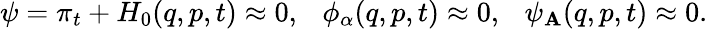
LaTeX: \psi=\pi_{t}+H_{0}(q,p,t)\approx0,\ \ \ \phi_{\alpha}(q,p,t)\approx0,\ \ \ \psi_{\mathbf{A}}(q,p,t)\approx0.